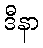
ဒီနာ